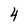
Character: 4